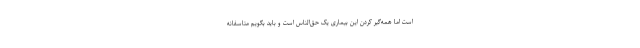
است اما همه‌گیر کردن این بیماری یک حق‌الناس است و باید بگویم متاسفانه